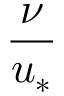
\frac { \nu } { u _ { * } }